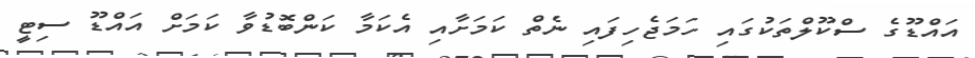
އައްޑޫގެ ސްކޫލްތަކުގައި ހަމަޖެހިފައި ނެތް ކަމަށާއި އެކަމާ ކަންބޮޑުވާ ކަމަށް އައްޑޫ ސިޓީ